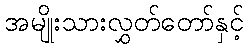
အမျိုးသားလွှတ်တော်နှင့်